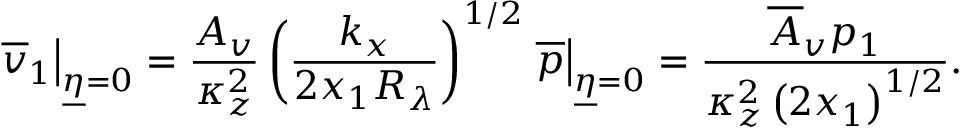
\left. \overline { { v } } _ { 1 } \right\vert _ { \underline { { \eta } } = 0 } = \frac { A _ { v } } { \kappa _ { z } ^ { 2 } } \left( \frac { k _ { x } } { 2 x _ { 1 } R _ { \lambda } } \right) ^ { 1 / 2 } \left. \overline { { p } } \right\vert _ { \underline { { \eta } } = 0 } = \frac { \overline { { A } } _ { v } p _ { 1 } } { \kappa _ { z } ^ { 2 } \left( 2 x _ { 1 } \right) ^ { 1 / 2 } } .